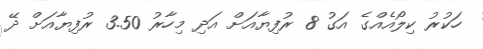
ހަކުރު ކިލޯއެއްގެ އަގު 8 ރުފިޔާއަށް އަދި މިހާރު 3.50 ރުފިޔާއަށް ދޭ